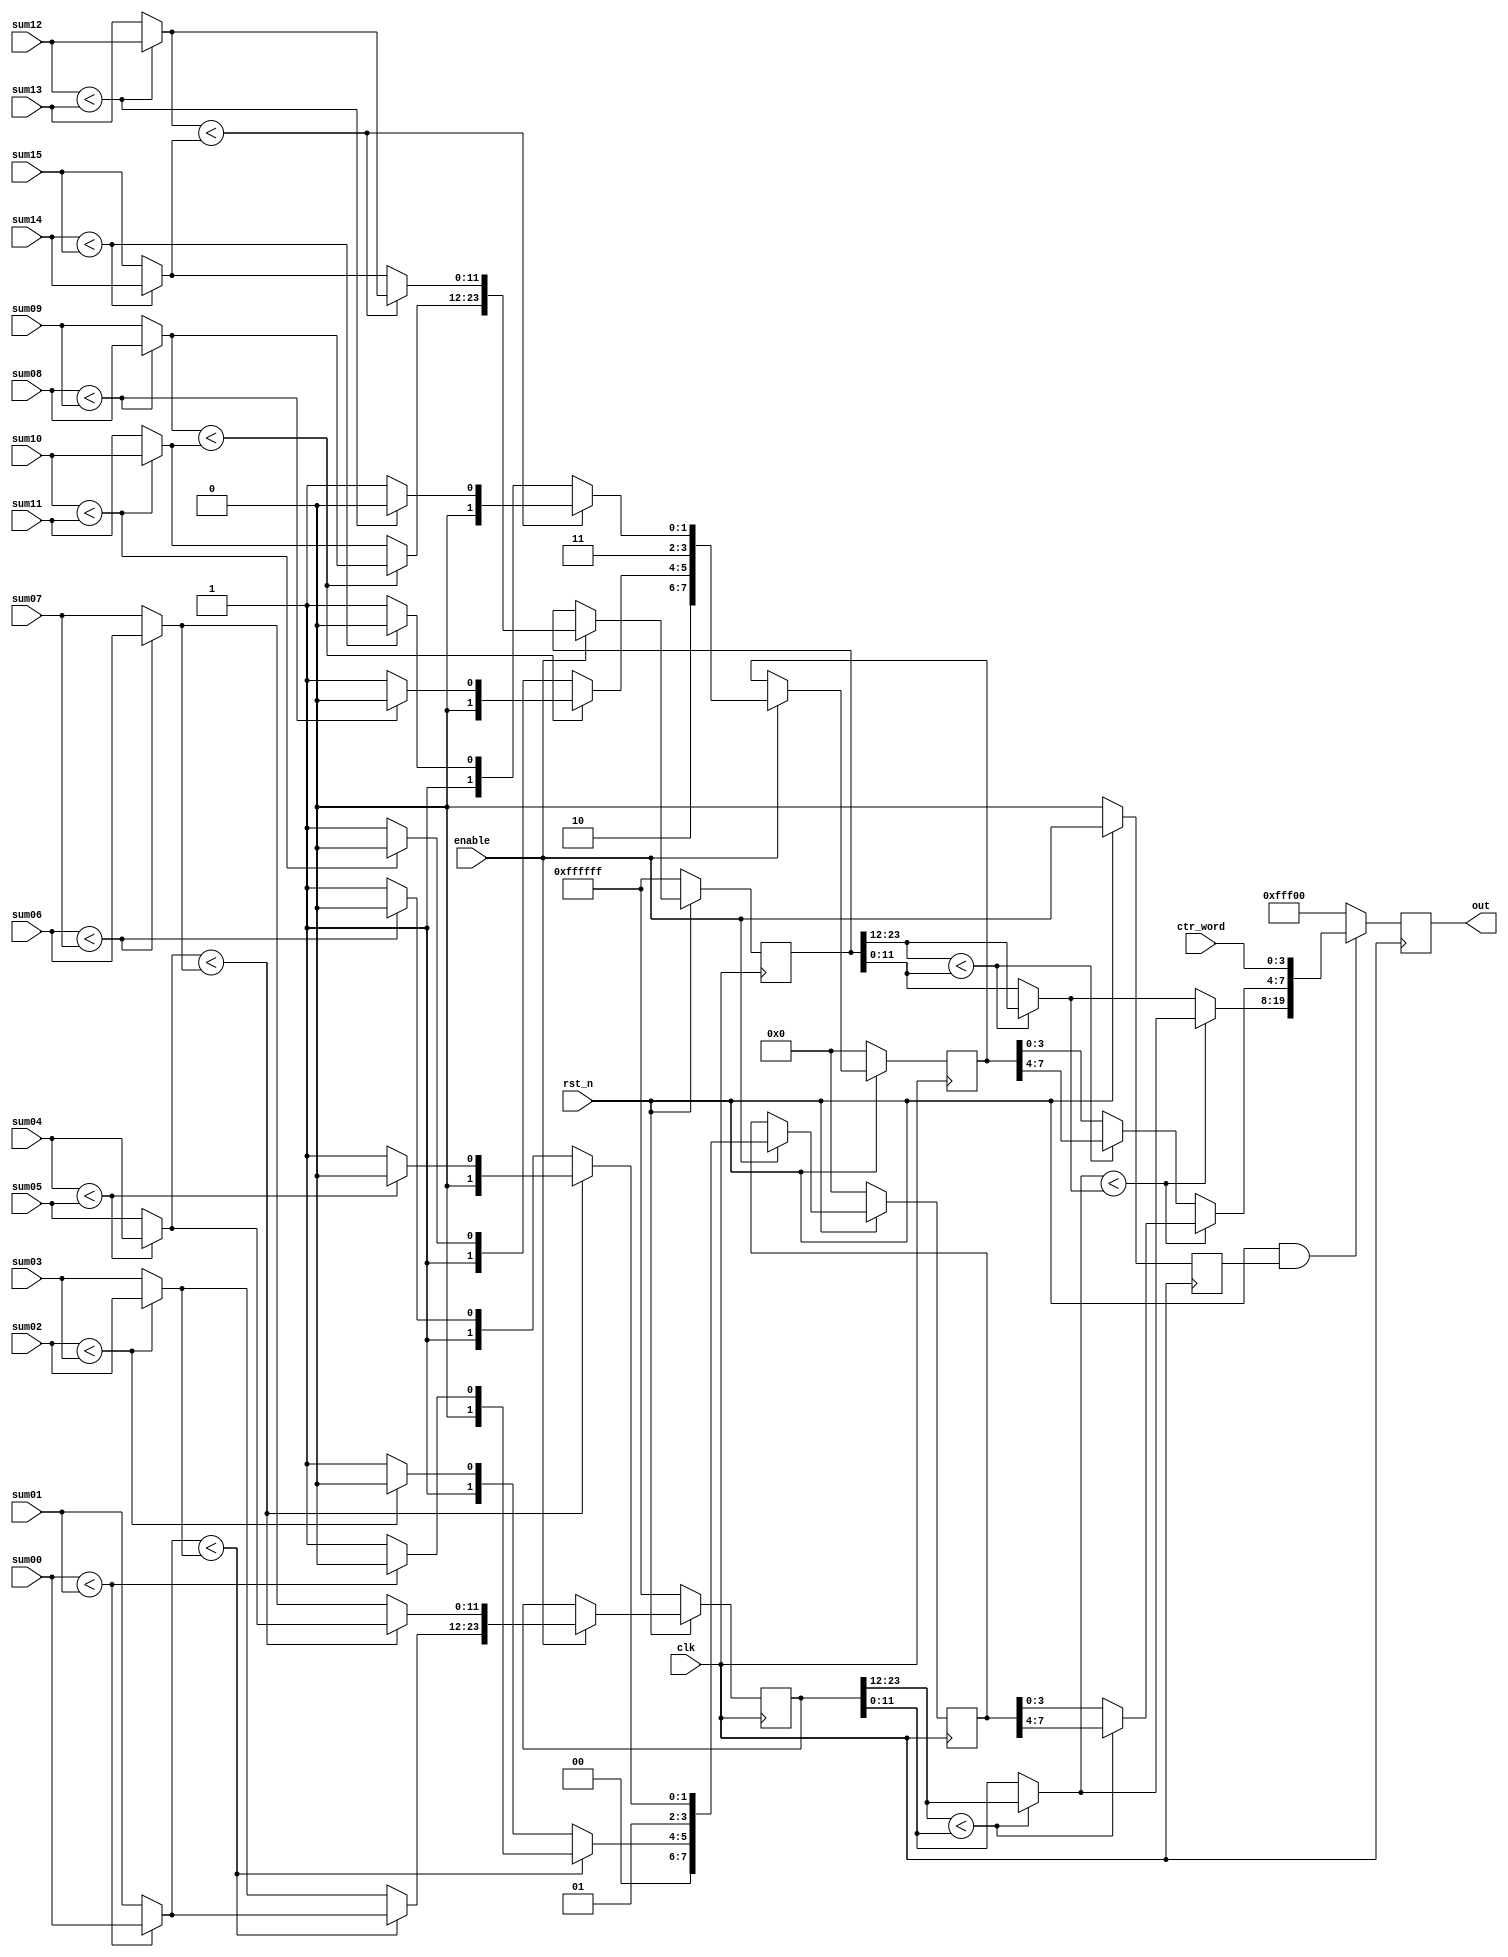
/**************************************************************** 
  ** Title : compare module
  ** Project :  full-search block matching algorithm on VLSI
***************************************************************** 
  ** Organization: sjtu
  ** Created :  
  ** Last update : 
  ** Platform : 
  ** Simulators : 
  ** Synthesizers: 
  ** Targets : 
  ** Dependency :  
***************************************************************** 
  ** Description:  
***************************************************************** 
  ** Copyright (c) notice  
*****************************************************************/ 

module compare(
    input 			    clk,
    input 			  	rst_n,
    input               enable,
    input [3:0] 		ctr_word,

    input [11:0] 		sum00,
    input [11:0] 		sum01,
    input [11:0] 		sum02,
    input [11:0] 		sum03,
    input [11:0] 		sum04,
    input [11:0] 		sum05,
    input [11:0] 		sum06,
    input [11:0] 		sum07,
    input [11:0] 		sum08,
    input [11:0] 		sum09,
    input [11:0] 		sum10,
    input [11:0] 		sum11,
    input [11:0] 		sum12,
    input [11:0] 		sum13,
    input [11:0] 		sum14,
    input [11:0] 		sum15,

    output reg [19:0] 	out
);

reg 		enable_delay;
reg [23:0] 	com_reg_00_01_02_03_04_05_06_07;
reg [23:0] 	com_reg_08_09_10_11_12_13_14_15;
reg [7:0]   location_reg_00_01_02_03_04_05_06_07;
reg [7:0] 	location_reg_08_09_10_11_12_13_14_15;

wire [11:0] com00_01;
wire [11:0] com02_03;
wire [11:0] com04_05;
wire [11:0] com06_07;
wire [11:0] com08_09;
wire [11:0] com10_11;
wire [11:0] com12_13;
wire [11:0] com14_15;
wire [11:0] com00_01_02_03;
wire [11:0] com04_05_06_07;
wire [11:0] com08_09_10_11;
wire [11:0] com12_13_14_15;
wire [11:0] com00_01_02_03_04_05_06_07;
wire [11:0] com08_09_10_11_12_13_14_15;
wire [11:0] com_x;

wire [3:0] location00_01;
wire [3:0] location02_03;
wire [3:0] location04_05;
wire [3:0] location06_07;
wire [3:0] location08_09;
wire [3:0] location10_11;
wire [3:0] location12_13;
wire [3:0] location14_15;
wire [3:0] location00_01_02_03;
wire [3:0] location04_05_06_07;
wire [3:0] location08_09_10_11;
wire [3:0] location12_13_14_15;
wire [3:0] location00_01_02_03_04_05_06_07;
wire [3:0] location08_09_10_11_12_13_14_15;
wire [3:0] location_x;

assign com00_01 = (sum00 < sum01) ? sum00 : sum01;
assign com02_03 = (sum02 < sum03) ? sum02 : sum03;
assign com04_05 = (sum04 < sum05) ? sum04 : sum05;
assign com06_07 = (sum06 < sum07) ? sum06 : sum07;
assign com08_09 = (sum08 < sum09) ? sum08 : sum09;
assign com10_11 = (sum10 < sum11) ? sum10 : sum11;
assign com12_13 = (sum12 < sum13) ? sum12 : sum13;
assign com14_15 = (sum14 < sum15) ? sum14 : sum15;
assign com00_01_02_03 = (com00_01 < com02_03) ? com00_01 : com02_03;
assign com04_05_06_07 = (com04_05 < com06_07) ? com04_05 : com06_07;
assign com08_09_10_11 = (com08_09 < com10_11) ? com08_09 : com10_11;
assign com12_13_14_15 = (com12_13 < com14_15) ? com12_13 : com14_15;
assign com00_01_02_03_04_05_06_07 = 
        (com_reg_00_01_02_03_04_05_06_07[23:12] < com_reg_00_01_02_03_04_05_06_07[11:0]) ? 
        com_reg_00_01_02_03_04_05_06_07[23:12] : com_reg_00_01_02_03_04_05_06_07[11:0];
assign com08_09_10_11_12_13_14_15 = 
        (com_reg_08_09_10_11_12_13_14_15[23:12] < com_reg_08_09_10_11_12_13_14_15[11:0]) ? 
        com_reg_08_09_10_11_12_13_14_15[23:12] : com_reg_08_09_10_11_12_13_14_15[11:0];
assign com_x = (com00_01_02_03_04_05_06_07 < com08_09_10_11_12_13_14_15) ? com00_01_02_03_04_05_06_07 : com08_09_10_11_12_13_14_15;

assign location00_01 = (sum00 < sum01) ? 4'b0000 : 4'b0001;
assign location02_03 = (sum02 < sum03) ? 4'b0010 : 4'b0011;
assign location04_05 = (sum04 < sum05) ? 4'b0100 : 4'b0101;
assign location06_07 = (sum06 < sum07) ? 4'b0110 : 4'b0111;
assign location08_09 = (sum08 < sum09) ? 4'b1000 : 4'b1001;
assign location10_11 = (sum10 < sum11) ? 4'b1010 : 4'b1011;
assign location12_13 = (sum12 < sum13) ? 4'b1100 : 4'b1101;
assign location14_15 = (sum14 < sum15) ? 4'b1110 : 4'b1111;
assign location00_01_02_03 = (com00_01 < com02_03) ? location00_01 : location02_03;
assign location04_05_06_07 = (com04_05 < com06_07) ? location04_05 : location06_07;
assign location08_09_10_11 = (com08_09 < com10_11) ? location08_09 : location10_11;
assign location12_13_14_15 = (com12_13 < com14_15) ? location12_13 : location14_15;
assign location00_01_02_03_04_05_06_07 = 
        (com_reg_00_01_02_03_04_05_06_07[23:12] < com_reg_00_01_02_03_04_05_06_07[11:0]) ? 
        location_reg_00_01_02_03_04_05_06_07[7:4] : location_reg_00_01_02_03_04_05_06_07[3:0];
assign location08_09_10_11_12_13_14_15 = 
        (com_reg_08_09_10_11_12_13_14_15[23:12] < com_reg_08_09_10_11_12_13_14_15[11:0]) ? 
        location_reg_08_09_10_11_12_13_14_15[7:4] : location_reg_08_09_10_11_12_13_14_15[3:0];
assign location_x = (com00_01_02_03_04_05_06_07 < com08_09_10_11_12_13_14_15) ? location00_01_02_03_04_05_06_07 : location08_09_10_11_12_13_14_15;

always @ (posedge clk)
begin
    if(rst_n) enable_delay <= enable;
    else enable_delay <= 0;
end

always @ (posedge clk)
begin
    if(rst_n) 
	begin
		if(enable)
		begin
			com_reg_00_01_02_03_04_05_06_07 <= {com00_01_02_03, com04_05_06_07};
			com_reg_08_09_10_11_12_13_14_15 <= {com08_09_10_11, com12_13_14_15};
            location_reg_00_01_02_03_04_05_06_07 <= {location00_01_02_03, location04_05_06_07};
            location_reg_08_09_10_11_12_13_14_15 <= {location08_09_10_11, location12_13_14_15};
		end
		else
		begin
			com_reg_00_01_02_03_04_05_06_07 <= com_reg_00_01_02_03_04_05_06_07;
			com_reg_08_09_10_11_12_13_14_15 <= com_reg_08_09_10_11_12_13_14_15;
            location_reg_00_01_02_03_04_05_06_07 <= location_reg_00_01_02_03_04_05_06_07;
            location_reg_08_09_10_11_12_13_14_15 <= location_reg_08_09_10_11_12_13_14_15;
		end
	end
    else
	begin
		com_reg_00_01_02_03_04_05_06_07 <= 24'b111111111111111111111111;
        com_reg_08_09_10_11_12_13_14_15 <= 24'b111111111111111111111111;
        location_reg_00_01_02_03_04_05_06_07 <= 8'b0;
        location_reg_08_09_10_11_12_13_14_15 <= 8'b0;
	end
end


always @ (posedge clk)
begin
    if(rst_n && enable_delay)
    begin
        out <= {com_x, location_x, ctr_word}; //pattern: SAD 12bit, x 4bit, y 4bit.
    end
    else
    begin
        out <= 20'b11111111111100000000;
    end
end

endmodule